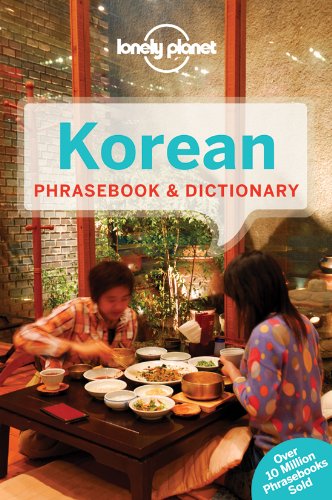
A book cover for Lonely Planet Korean Phrasebook & Dictionary; Lonely Planet; Travel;